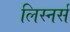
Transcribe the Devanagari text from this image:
लिस्नर्स